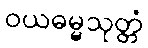
ဝယဓမ္မသုတ္တံ